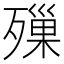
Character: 𣩓